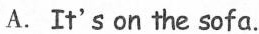
A. It's on the sofa.